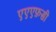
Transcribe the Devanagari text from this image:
एएएफ़सी